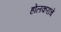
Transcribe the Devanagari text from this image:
होलकरांचे